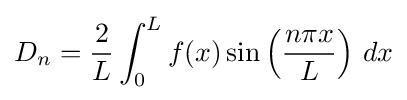
D_{n}={\frac {2}{L}}\int _{0}^{L}f(x)\sin \left({\frac {n\pi x}{L}}\right)\,dx